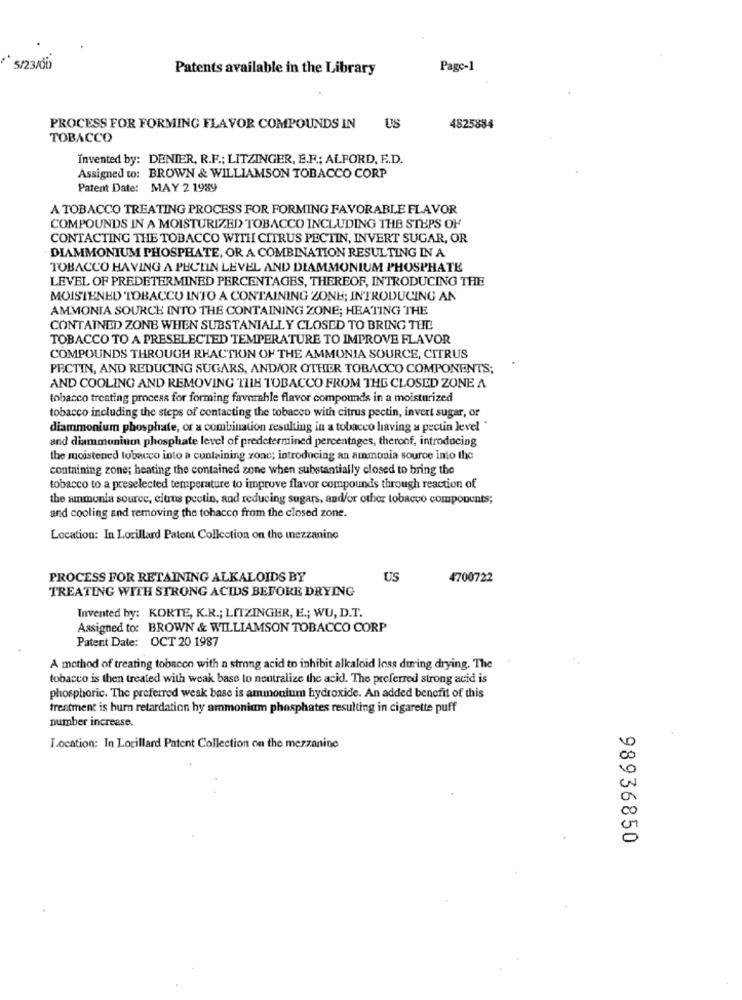
5/23/00)
Patents available in the Library
Page-1
PROCESS FOR FORMING FLAVOR COMPOUNDS IN
US
4825884
TOBACCO
Invented by: DENIER, R.F .; LITZINGER, E.F .; ALFORD, F.D.
Assigned to: BROWN & WILLIAMSON TOBACCO CORP
Patent Date: MAY 2 1989
A TOBACCO TREATING PROCESS FOR FORMING FAVORABLE FLAVOR
COMPOUNDS IN A MOISTURIZED TOBACCO INCLUDING THE STEPS OF
CONTACTING THE TOBACCO WITH CITRUS PECTIN, INVERT SUGAR, OR
DIAMMONIUM PHOSPHATE, OR A COMBINATION RESULTING IN A
TOBACCO HAVING A PECTIN LEVEL AND DIAMMONIUM PHOSPHATE
LEVEL OF PREDETERMINED PERCENTAGES, THEREOF, INTRODUCING THE
MOISTENED TOBACCO INTO A CONTAINING 'ZONE; INTRODUCING AN
AMMONIA SOURCE INTO THE CONTAINING ZONE; HEATING THE
CONTAINED ZONE WHEN SUBSTANIALLY CLOSED TO BRING THE
TOBACCO TO A PRESELECTED TEMPERATURE TO IMPROVE FLAVOR
COMPOUNDS THROUGH REACTION OF THE AMMONIA SOURCE, CITRUS
PECTIN, AND REDUCING SUGARS, AND/OR OTHER TOBACCO COMPONENTS;
AND COOLING AND REMOVING THE TOBACCO FROM THE CLOSED ZONE A
tobacco treating process for forming favorable flavor compounds in a moisturized
tobacco including the steps of contacting the tobacco with citrus pectin, invert sugar, or
diammonium phosphate, or a combination resulting in a tobacco having a pectin level "
and diammonium phosphate level of predetermined percentages, theroof, introducing
the moistened tobacco into a containing zone; introducing an ammonia source into the
containing zone; heating the contained zone when substantially closed to bring the
tobacco to a preselected temperature to improve flavor compounds through reaction of
the ammunia source, citrus pectin, and reducing sugars, and/or other tobacco components;
and cooling and removing the tobacco from the closed zone.
Location: In Lorillard Patent Collection on the mezzanine
PROCESS FOR RETAINING ALKALOIDS BY
US
4700722
TREATING WITH STRONG ACIDS BEFORE DRYING
Invented by: KORTE, K.R .; LITZINGER, E .; WU, D.T.
Assigned to: BROWN & WILLIAMSON TOBACCO CORP
Patent Date: OCT 20 1987
A method of treating tobacco with a strong acid to inhibit alkaloid loss during drying. The
tobacco is then treated with weak base to neutralize the acid. The preferred strong acid is
phosphoric. The preferred weak base is ammonium hydroxide. An added benefit of this
treatment is hurn retardation hy ammonium phosphates resulting in cigarette puff
number increase.
Location: In Lorillard Patent Collection on the mezzanine
98936850